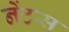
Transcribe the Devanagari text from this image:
नेंटस